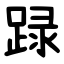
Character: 䟿